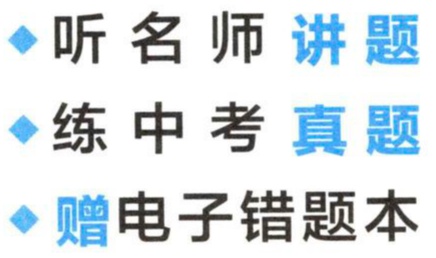
\begin{itemize}

\item 听 名 师 讲 题

\item 练 中 考 真 题

\item 赠 电 子 错 题 本

\end{itemize}